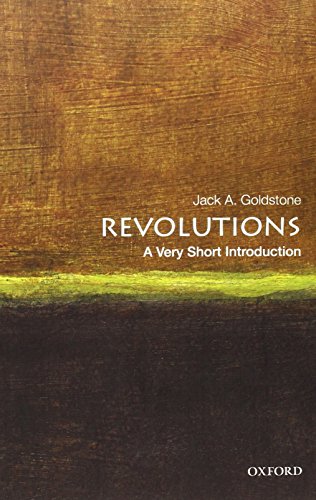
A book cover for Revolutions: A Very Short Introduction (Very Short Introductions); Jack A. Goldstone; Politics & Social Sciences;